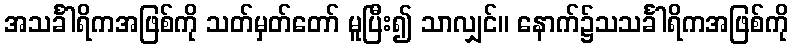
အသင်္ခါရိကအဖြစ်ကို သတ်မှတ်တော် မူပြီး၍ သာလျှင်။ နောက်၌သသင်္ခါရိကအဖြစ်ကို